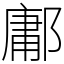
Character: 鄘